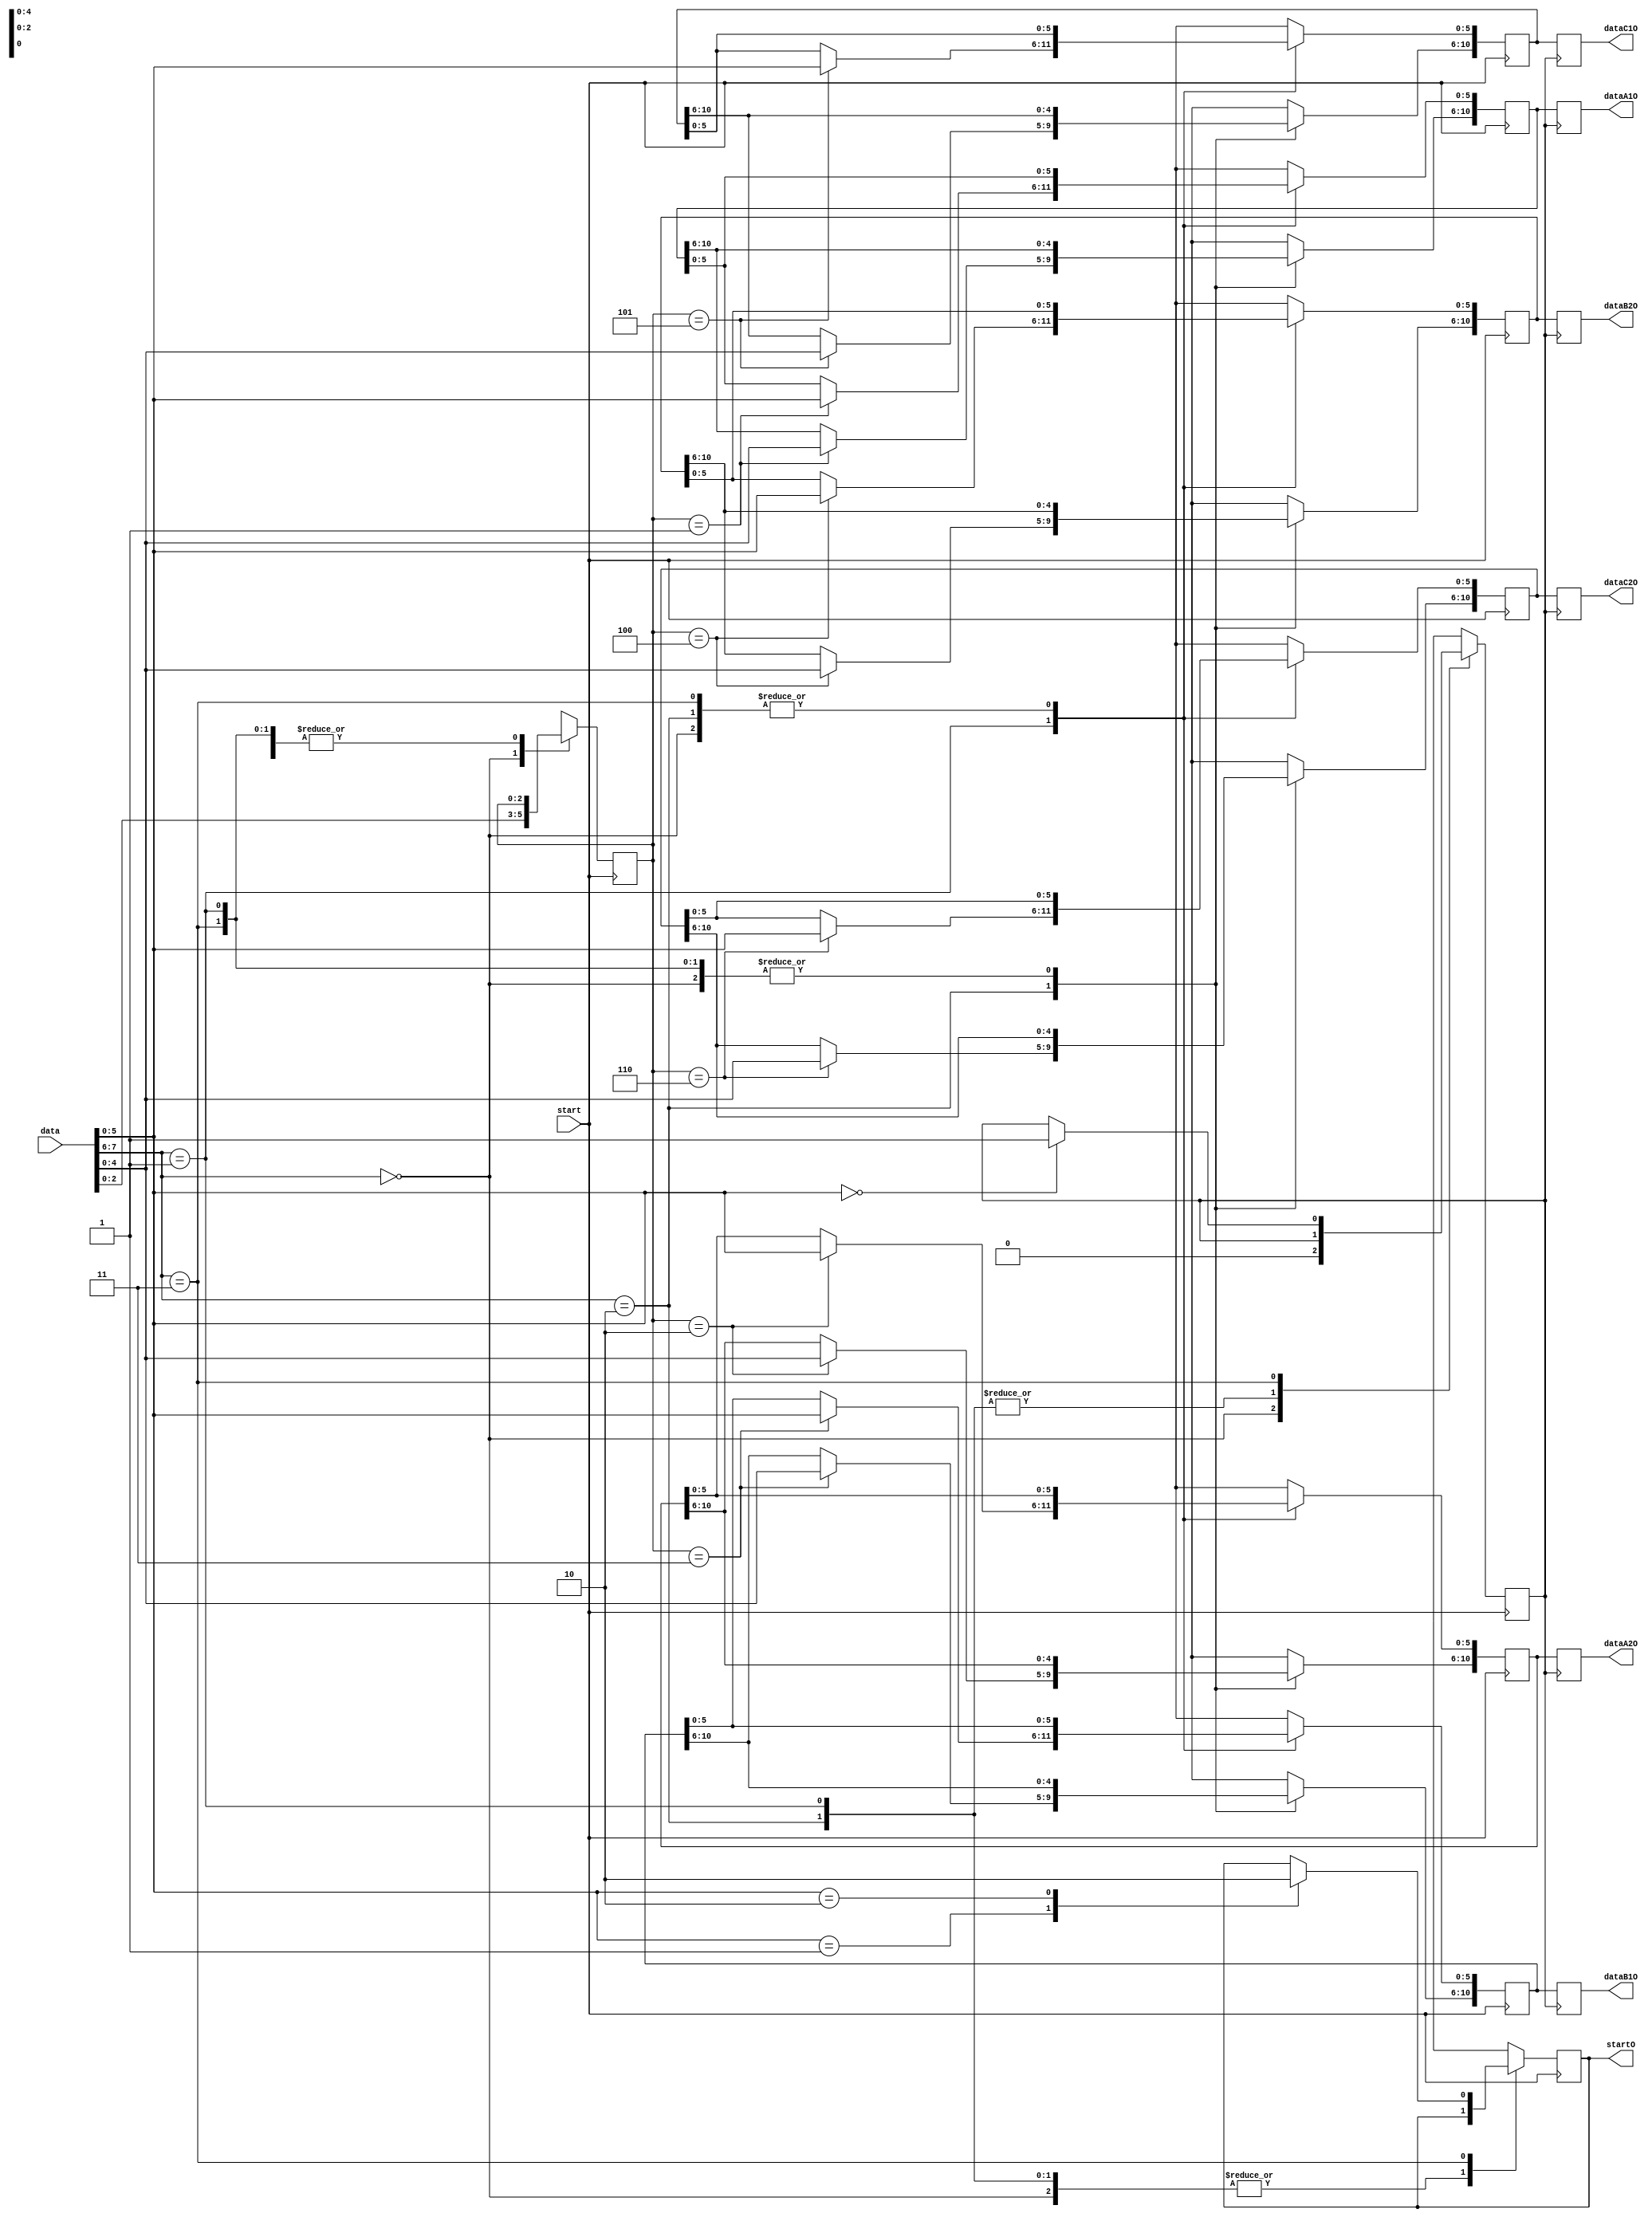
`timescale 1ns / 1ps

module data_select(
				data,
				start,
				dataA1O,
				dataA2O,
				dataB1O,
				dataB2O,
				dataC1O,
				dataC2O,
				startO
);

input[7:0] data;
input start;
output reg[10:0]  dataA1O,dataA2O,dataB1O,dataB2O,dataC1O,dataC2O;
output reg startO;
reg [10:0] dataA1,dataA2,dataB1,dataB2,dataC1,dataC2;

reg[2:0] flag_angle;
reg change;


always@ (negedge start)
begin
	case(data[7:6])
		2'b00:
			begin
				flag_angle = data[2:0];
				change = 0;
			end
		2'b01:
			begin
				case(flag_angle)
					3'b001:dataA1[5:0] = data[5:0];
					3'b010:dataA2[5:0] = data[5:0];
					3'b011:dataB1[5:0] = data[5:0];
					3'b100:dataB2[5:0] = data[5:0];
					3'b101:dataC1[5:0] = data[5:0];
					3'b110:dataC2[5:0] = data[5:0];
				endcase
			end
		2'b10:
			begin
				case(flag_angle)
					3'b001:dataA1[10:6] = data[4:0];
					3'b010:dataA2[10:6] = data[4:0];
					3'b011:dataB1[10:6] = data[4:0];
					3'b100:dataB2[10:6] = data[4:0];
					3'b101:dataC1[10:6] = data[4:0];
					3'b110:dataC2[10:6] = data[4:0];
				endcase
			end
		2'b11: 
			begin
				case(data[5:0])
					6'b000000:change = 1;
					6'b000001:startO=1;
					6'b000010:startO=0;
				endcase
			end
		endcase
end

always@(posedge change)
begin
	dataA1O<=dataA1;
	dataA2O<=dataA2;
	dataB1O<=dataB1;
	dataB2O<=dataB2;
	dataC1O<=dataC1;
	dataC2O<=dataC2;
end

endmodule